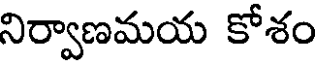
నిర్వాణమయ కోశం